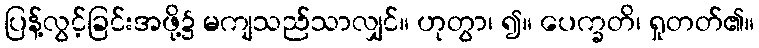
ပြန့်လွင့်ခြင်းအဖို့၌ မကျသည်သာလျှင်။ ဟုတွာ၊ ၍။ ပေက္ခတိ၊ ရှုတတ်၏။